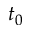
t _ { 0 }